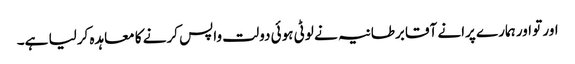
اور تو اور ہمارے پرانے آقا برطانیہ نے لوٹی ہوئی دولت واپس کرنے کا معاہدہ کرلیا ہے۔